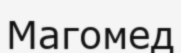
Магомед